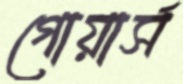
গোয়ার্স